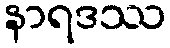
နာရဒဿ